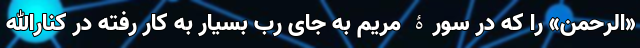
«الرحمن» را که در سورۀ مریم به جای رب بسیار به کار رفته در کنار‌الله